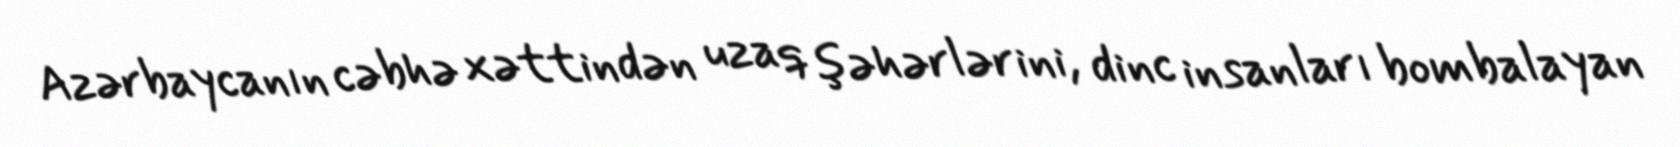
Azərbaycanın cəbhə xəttindən uzaq şəhərlərini, dinc insanları bombalayan